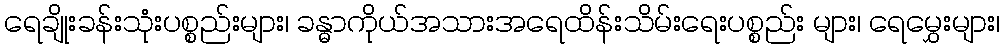
ရေချိုးခန်းသုံးပစ္စည်းများ၊ ခန္ဓာကိုယ်အသားအရေထိန်းသိမ်းရေးပစ္စည်း များ၊ ရေမွှေးများ၊